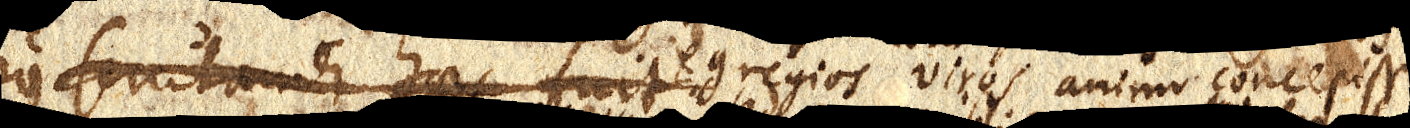
tius scrutandi haec fuit haec fuit: egregios viros animo concepisse,